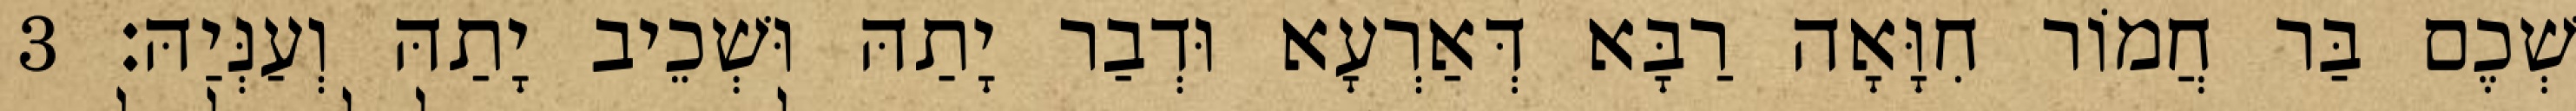
שְׁכֶם בַּר חֲמוֹר חִוָּאָה רַבָּא דְּאַרְעָא וּדְבַר יָתַהּ וּשְׁכֵיב יָתַהּ וְעַנְּיַהּ׃ 3